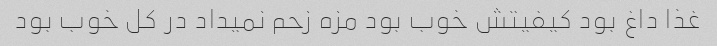
غذا داغ بود کیفیتش خوب بود مزه زحم نمیداد در کل خوب بود